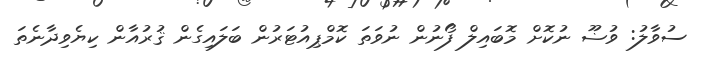
ސުވާލު: ވުޟޫ ނުކޮށް މޮބައިލް ފޯނުން ނުވަތަ ކޮމްޕިއުޓަރުން ބަލައިގެން ޤުރުއާން ކިޔެވިދާނެތަ